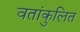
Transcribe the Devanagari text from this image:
वतांकुलित